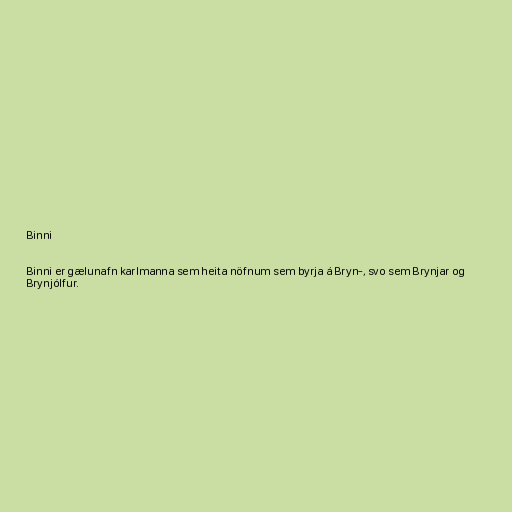
Binni

Binni er gælunafn karlmanna sem heita nöfnum sem byrja á Bryn-, svo sem Brynjar og
Brynjólfur.